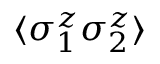
\langle \mathcal { \sigma } _ { 1 } ^ { z } \sigma _ { 2 } ^ { z } \rangle